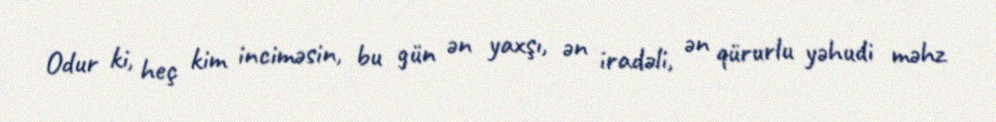
Odur ki, heç kim inciməsin, bu gün ən yaxşı, ən iradəli, ən qürurlu yəhudi məhz